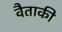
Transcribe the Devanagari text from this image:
वैताकी